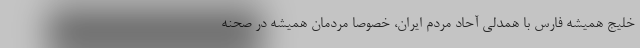
خلیج همیشه فارس با همدلی آحاد مردم ایران، خصوصاً مردمان همیشه در صحنه